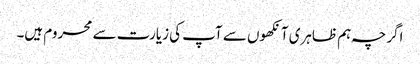
اگرچہ ہم ظاہری آنکھوں سے آپ کی زیارت سے محروم ہیں۔